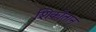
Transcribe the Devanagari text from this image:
शिकोतान